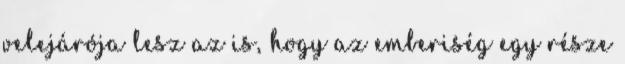
velejárója lesz az is, hogy az emberiség egy része